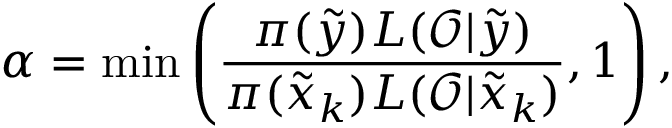
\alpha = \operatorname* { m i n } \left( \frac { \pi ( \tilde { y } ) L ( \mathcal { O } | \tilde { y } ) } { \pi ( \tilde { x } _ { k } ) L ( \mathcal { O } | \tilde { x } _ { k } ) } , 1 \right) ,